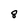
Character: 8